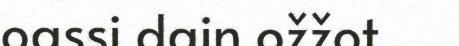
oassi dain ožžot